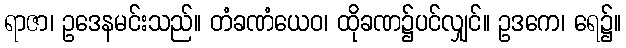
ရာဇာ၊ ဥဒေနမင်းသည်။ တံခဏံယေဝ၊ ထိုခဏ၌ပင်လျှင်။ ဥဒကေ၊ ရေ၌။